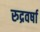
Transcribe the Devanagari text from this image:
रुद्रवर्षा